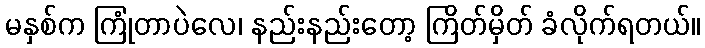
မနှစ်က ကြုံတာပဲလေ၊ နည်းနည်းတော့ ကြိတ်မှိတ် ခံလိုက်ရတယ်။